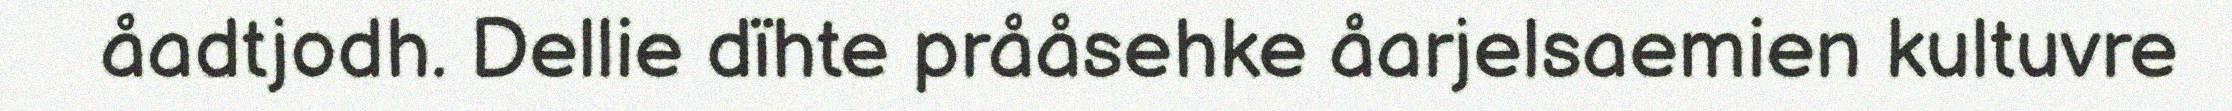
åadtjodh. Dellie dïhte prååsehke åarjelsaemien kultuvre